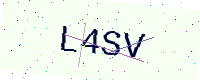
Text: L4SV